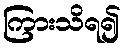
ကြားသိရ၍